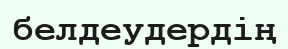
белдеудердің